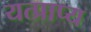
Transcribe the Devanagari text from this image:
यत्प्राप्य